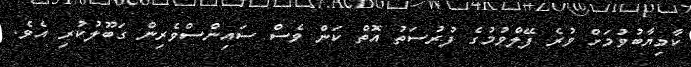
ކާމިޔާބުވުމަށް ވުރެ ފޭލްވުމުގެ ފުރުސަތު އޮތް ކަން ވެސް ސައިންސްވެރިން ގަބޫލުކުރި އެވެ.